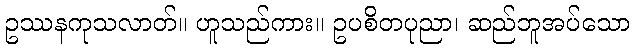
ဥဿနကုသလာတ်။ ဟူသည်ကား။ ဥပစိတပုညာ၊ ဆည်ဘူအပ်သော